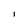
Character: I